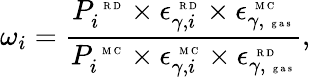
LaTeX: \omega_{i}=\frac{P_{i}^{\mathrm{~\tiny~R~D~}}\times\epsilon_{\gamma,i}^{\mathrm{~\tiny~R~D~}}\times\epsilon_{\gamma,\mathrm{~\tiny~g~a~s~}}^{\mathrm{~\tiny~M~C~}}}{{P_{i}^{\mathrm{~\tiny~M~C~}}\times\epsilon_{\gamma,i}^{\mathrm{~\tiny~M~C~}}}\times\epsilon_{\gamma,\mathrm{~\tiny~g~a~s~}}^{\mathrm{~\tiny~R~D~}}},